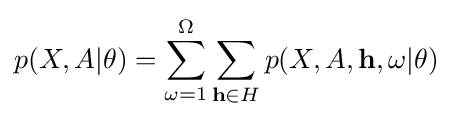
p(X,A|\theta )=\sum _{\omega =1}^{\Omega }\sum _{{\textbf {h}}\in H}p(X,A,{\textbf {h}},\omega |\theta )